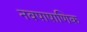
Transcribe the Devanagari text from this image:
नवपाषाणिक